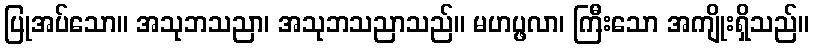
ပြုအပ်သော။ အသုဘသညာ၊ အသုဘသညာသည်။ မဟပ္ဖလာ၊ ကြီးသော အကျိုးရှိသည်။